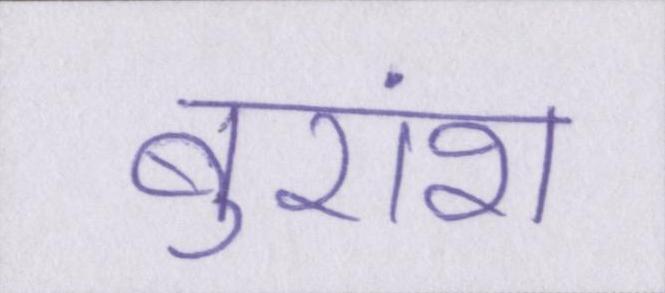
बुरांश